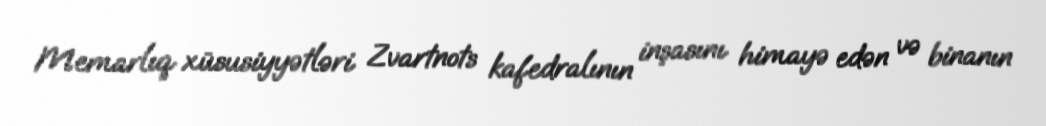
Memarlıq xüsusiyyətləri Zvartnots kafedralının inşasını himayə edən və binanın